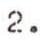
2.